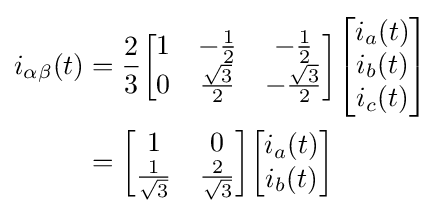
{\begin{aligned}i_{\alpha \beta }(t)&={\frac {2}{3}}{\begin{bmatrix}1&-{\frac {1}{2}}&-{\frac {1}{2}}\\0&{\frac {\sqrt {3}}{2}}&-{\frac {\sqrt {3}}{2}}\end{bmatrix}}{\begin{bmatrix}i_{a}(t)\\i_{b}(t)\\i_{c}(t)\end{bmatrix}}\\&={\begin{bmatrix}1&0\\{\frac {1}{\sqrt {3}}}&{\frac {2}{\sqrt {3}}}\end{bmatrix}}{\begin{bmatrix}i_{a}(t)\\i_{b}(t)\end{bmatrix}}\end{aligned}}